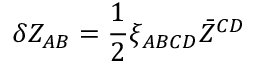
\delta Z _ { A B } = \frac { 1 } { 2 } \xi _ { A B C D } \bar { Z } ^ { C D }